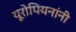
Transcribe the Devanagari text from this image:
यूरोपियनांनी